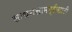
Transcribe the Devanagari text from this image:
साधनसामग्रीसाठी